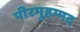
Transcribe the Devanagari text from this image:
पीरमुहम्मद